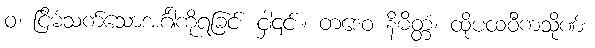
ဝ၊ ငြိမ်သက်သောအင်္ဂါကိုရခြင်း ငှါ၎င်း။ တဒေဝ နိမိတ္တံ၊ ထိုပထဝီကသိုဏ်း